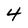
Character: 4